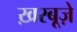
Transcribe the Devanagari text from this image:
ख़रबूज़े